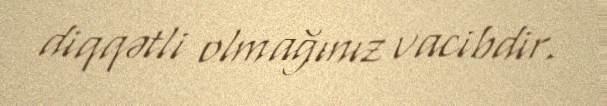
diqqətli olmağınız vacibdir.